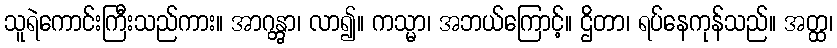
သူရဲကောင်းကြီးသည်ကား။ အာဂန္တွာ၊ လာ၍။ ကသ္မာ၊ အဘယ်ကြောင့်။ ဌိတာ၊ ရပ်နေကုန်သည်။ အတ္ထ၊